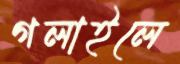
গলাইলে